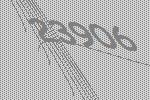
23906